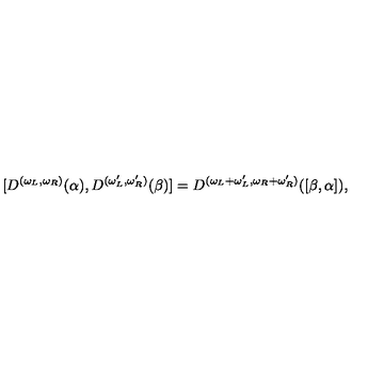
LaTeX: [ D ^ { ( \omega _ { L } , \omega _ { R } ) } ( \alpha ) , D ^ { ( \omega _ { L } ^ { \prime } , \omega _ { R } ^ { \prime } ) } ( \beta ) ] = D ^ { ( \omega _ { L } + \omega _ { L } ^ { \prime } , \omega _ { R } + \omega _ { R } ^ { \prime } ) } ( [ \beta , \alpha ] ) ,